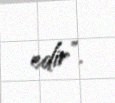
edir”.